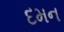
દમન